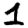
Digit: 1